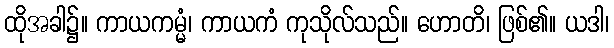
ထိုအခါ၌။ ကာယကမ္မံ၊ ကာယကံ ကုသိုလ်သည်။ ဟောတိ၊ ဖြစ်၏။ ယဒါ၊